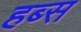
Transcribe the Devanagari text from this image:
हब्स